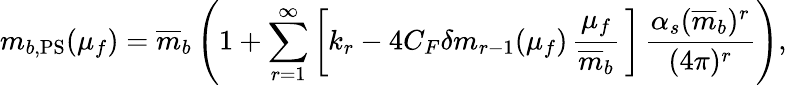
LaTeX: m_{b,\mathrm{PS}}(\mu_{f})=\overline{{{m}}}_{b}\left(1+\sum_{r=1}^{\infty}\bigg[k_{r}-4C_{F}\delta m_{r-1}(\mu_{f})\, \frac{\mu_{f}}{\overline{{{m}}}_{b}}\, \bigg]\, \frac{\alpha_{s}(\overline{{{m}}}_{b})^{r}}{(4\pi)^{r}}\right),